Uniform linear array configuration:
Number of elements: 16
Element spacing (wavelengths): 0.75
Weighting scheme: exponential
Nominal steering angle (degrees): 45
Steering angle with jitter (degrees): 45.4
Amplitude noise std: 0.05
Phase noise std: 0.05

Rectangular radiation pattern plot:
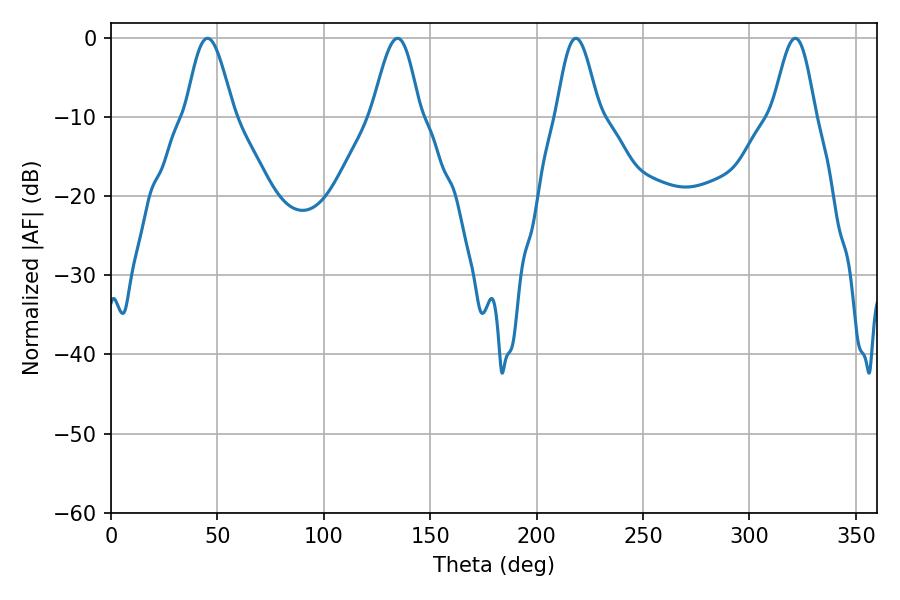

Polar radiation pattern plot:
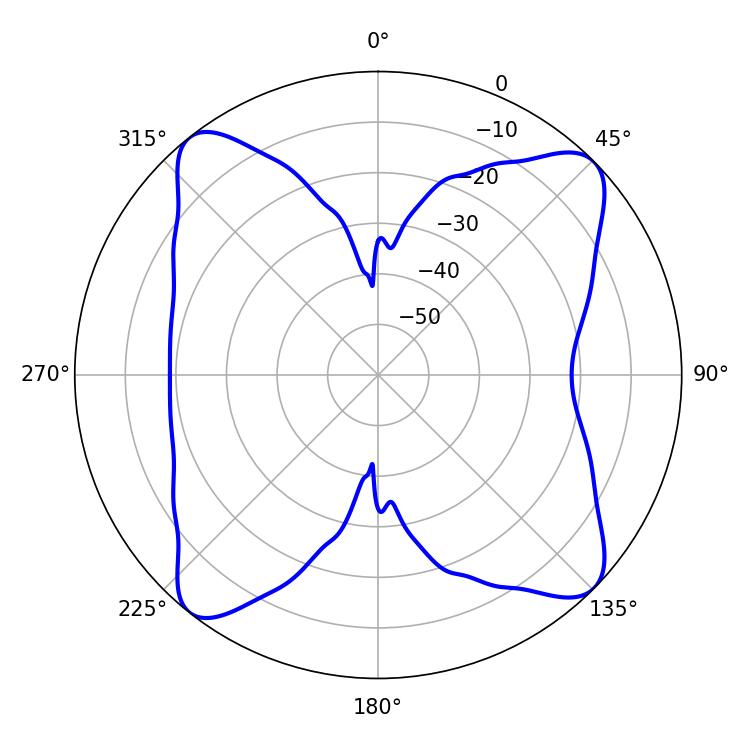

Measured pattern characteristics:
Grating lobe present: TRUE
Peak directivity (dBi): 14.999
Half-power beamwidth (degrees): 12.06
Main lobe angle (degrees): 45.36